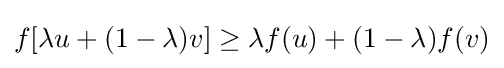
f[\lambda u+(1-\lambda )v]\geq \lambda f(u)+(1-\lambda )f(v)